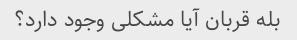
بله قربان آیا مشکلی وجود دارد؟